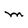
Character: M